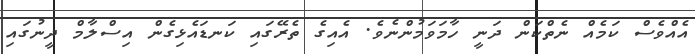
އެއްވެސް ކަމެއް ނެތްކަން ދަނީ ހާމަވަމުންނެވެ. އެއިގެ ތެރޭގައި ކަނޑައެޅިގެން އިސްލާމް ދީނުގައި